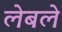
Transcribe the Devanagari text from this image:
लेबले